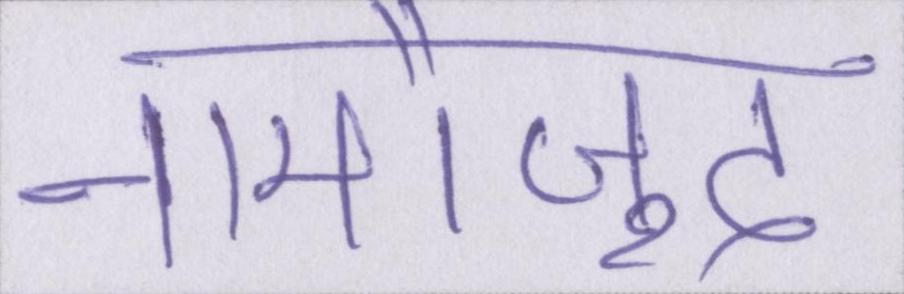
नामौजूद